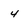
Character: 4